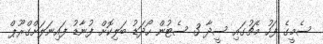
ސެމީގެ ފަހު މެޗުގައި ސީދާ 3 ސެޓުން ހޯދަޑު ބަލިކޮށް ފުނާޑު ފައިނަލަށްގްރޫޕް